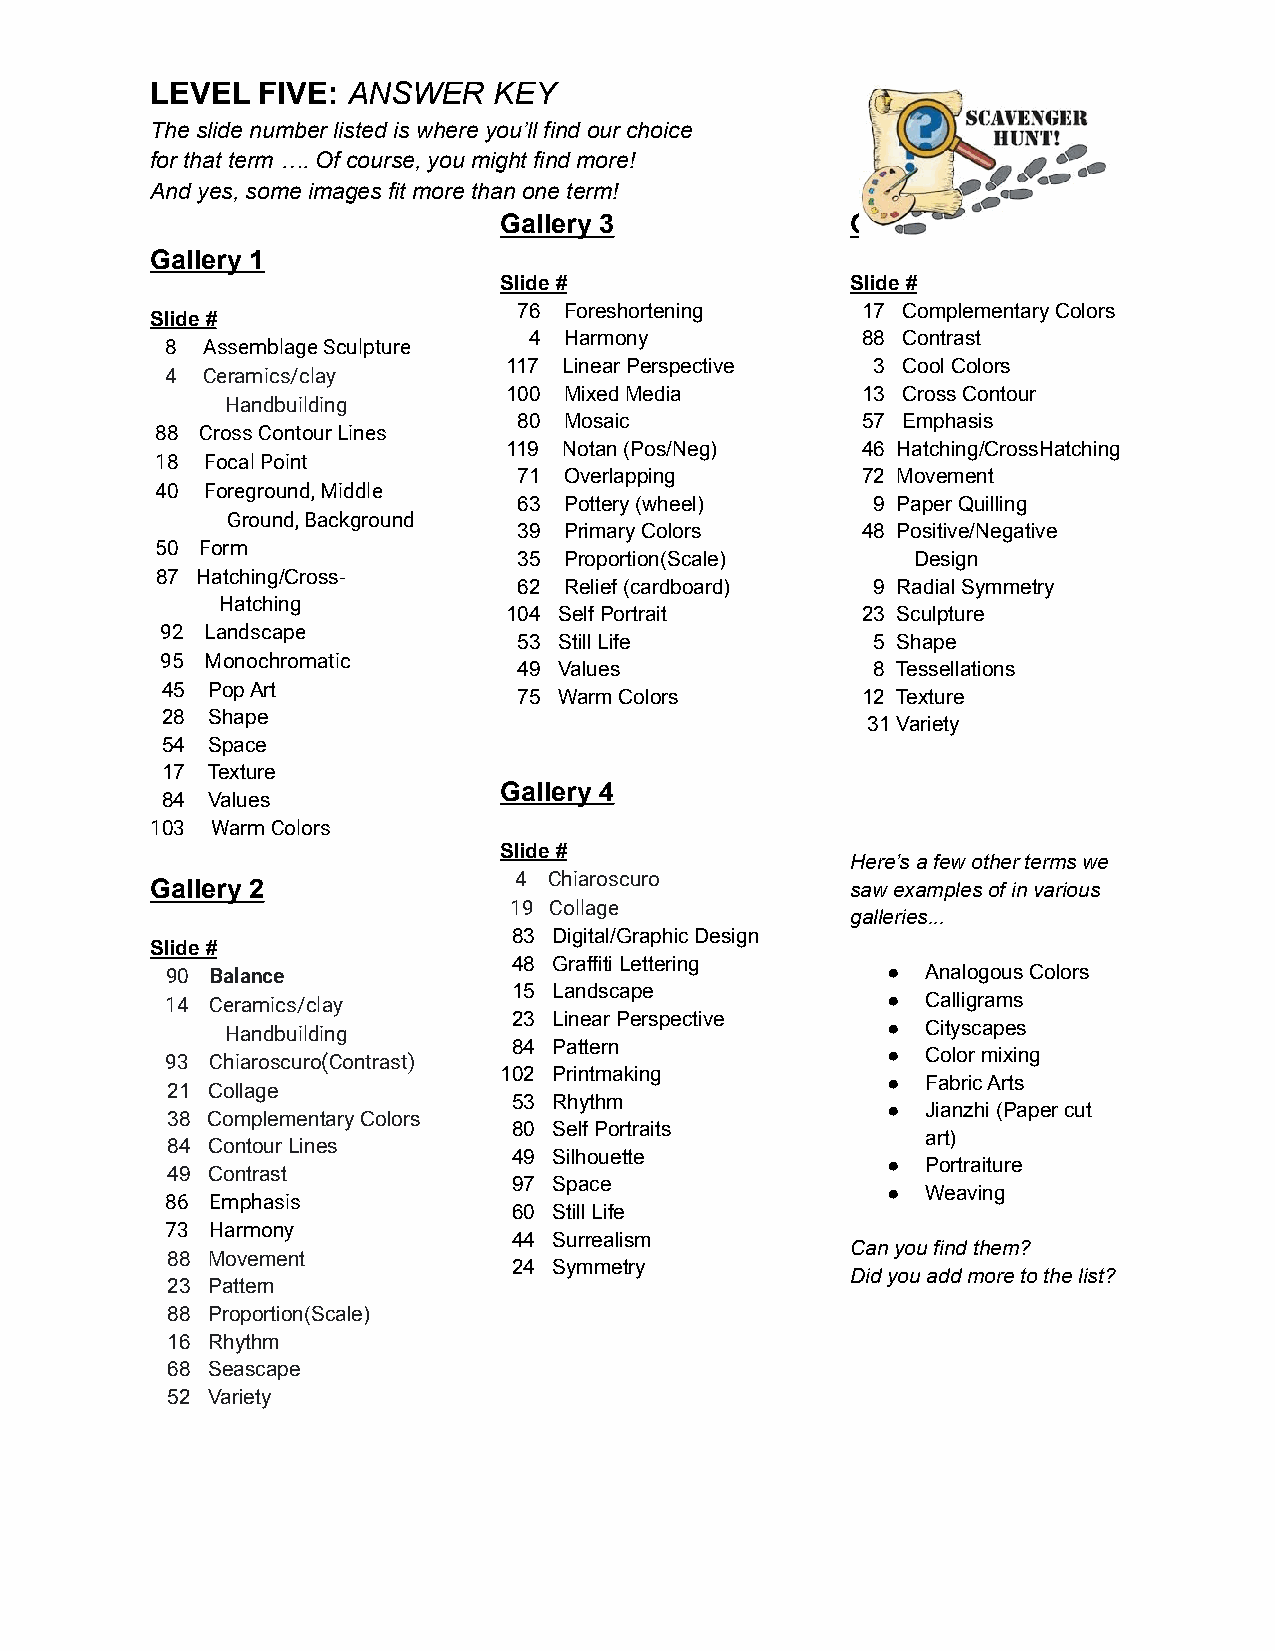
LEVEL  FIVE: ANSWER    KEY
 The slide number listed is where you’ll find our choice
 for that term …. Of course, you might find more!
 And yes, some images fit more than one term!
 Gallery 3              Gallery 5
 Gallery 1
 Slide #                Slide #
 76 Foreshortening      17 Complementary Colors
 Slide #
 4 Harmony             88 Contrast
 8 Assemblage Sculpture
 117 Linear Perspective   3 Cool Colors
 4 Ceramics/clay
 100 Mixed Media         13 Cross Contour
 Handbuilding
 80 Mosaic              57 Emphasis
 88 Cross ContourLines
 119 Notan (Pos/Neg)     46 Hatching/CrossHatching
 18  Focal Point
 71 Overlapping         72 Movement
 40  Foreground, Middle
 63 Pottery (wheel)      9 Paper Quilling
 Ground, Background
 39 Primary Colors      48 Positive/Negative
 50 Form
 35 Proportion(Scale)      Design
 87 Hatching/Cross-
 62 Relief (cardboard)   9 Radial Symmetry
 Hatching
 104 Self Portrait       23 Sculpture
 92 Landscape
 53 Still Life           5 Shape
 95 Monochromatic
 49 Values               8 Tessellations
 45 Pop Art
 75 Warm Colors         12 Texture
 28 Shape
 31 Variety
 54 Space
 17 Texture
 Gallery 4
 84 Values
 103 Warm Colors
 Slide #
 Here’s a few other terms we
 Gallery 2               4 Chiaroscuro         saw examples of in various
 19 Collage
 galleries...
 83 Digital/Graphic Design
 Slide #
 48 Graffiti Lettering
 90 Balance                                      ● Analogous Colors
 15 Landscape
 14 Ceramics/clay                                ● Calligrams
 23 Linear Perspective
 ● Cityscapes
 Handbuilding
 84 Pattern
 ● Color mixing
 93 Chiaroscuro(Contrast)
 102 Printmaking
 ● Fabric Arts
 21 Collage
 53 Rhythm
 ● Jianzhi (Paper cut
 38 Complementary Colors
 80 Self Portraits
 art)
 84 Contour Lines
 49 Silhouette
 ● Portraiture
 49 Contrast
 97 Space
 ● Weaving
 86 Emphasis
 60 Still Life
 73 Harmony
 44 Surrealism
 Can you find them?
 88 Movement
 24 Symmetry
 Did you add more to the list?
 23 Pattern
 88 Proportion(Scale)
 16 Rhythm
 68 Seascape
 52 Variety